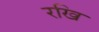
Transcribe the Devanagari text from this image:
रखि